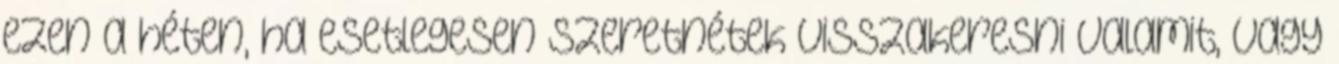
ezen a héten, ha esetlegesen szeretnétek visszakeresni valamit, vagy